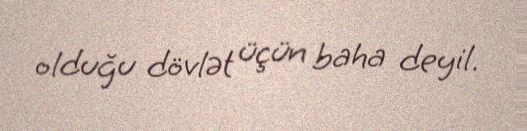
olduğu dövlət üçün baha deyil.